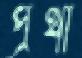
প্রর্থী